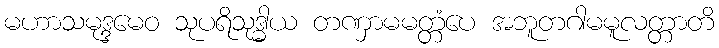
မဟာသမုဒ္ဒမေဝ သုပရိသုဒ္ဓါယ တဏှာမမတ္တံပေ အဘူတဂါမမူလတ္တာတိ